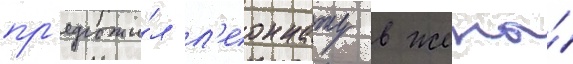
пр'едложи́л л'еоннату в жены́